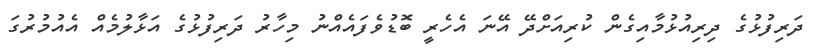
ދަރިފުޅުގެ ދިރިއުޅުމާއިގެން ކުރިއަށްދޭ އޭނަ އެހެރީ ބޮޑުވެފައެއްނު މިހާރު ދަރިފުޅުގެ އަޅާލުމެއް އެއުމުރުގަ